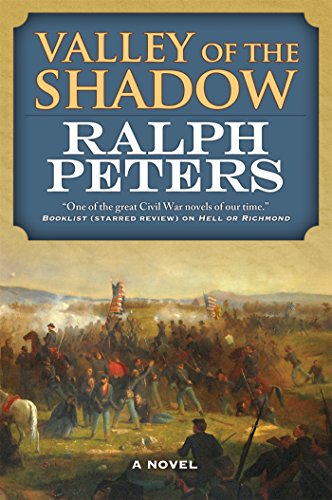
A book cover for Valley of the Shadow: A Novel; Ralph Peters; Literature & Fiction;